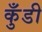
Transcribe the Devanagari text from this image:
कुँडी